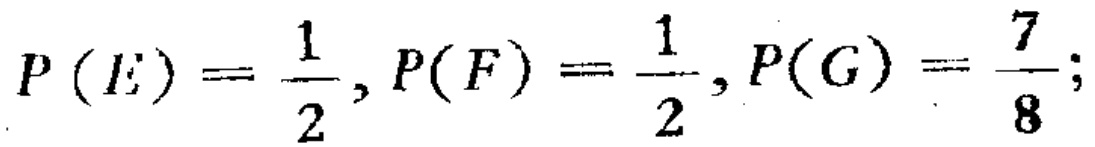
\(P(E)=\frac{1}{2},P(F)=\frac{1}{2},P(G)=\frac{7}{8};\)